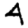
Digit: 4